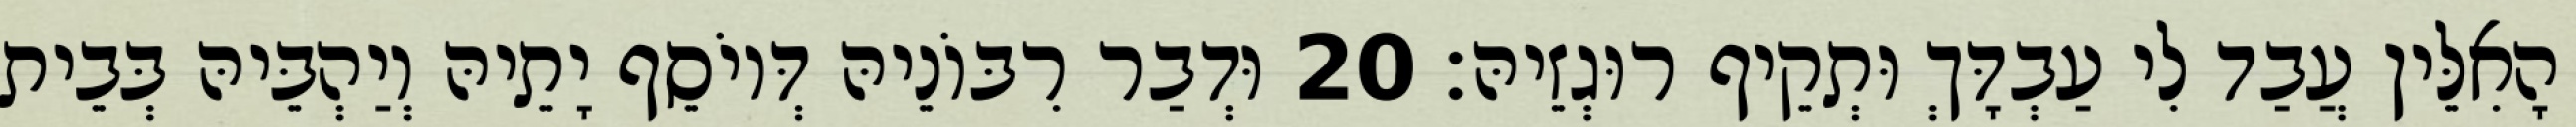
הָאִלֵּין עֲבַד לִי עַבְדָּךְ וּתְקֵיף רוּגְזֵיהּ׃ 20 וּדְבַר רִבּוֹנֵיהּ דְּיוֹסֵף יָתֵיהּ וְיַהְבֵּיהּ בְּבֵית